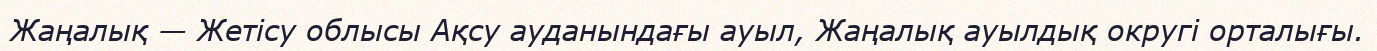
Жаңалық — Жетісу облысы Ақсу ауданындағы ауыл, Жаңалық ауылдық округі орталығы.